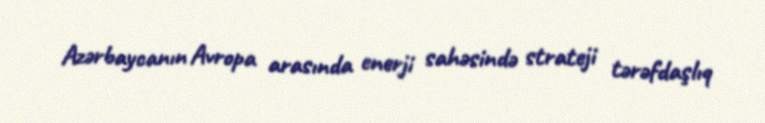
Azərbaycanın Avropa arasında enerji sahəsində strateji tərəfdaşlıq